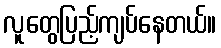
လူတွေပြည့်ကျပ်နေတယ်။